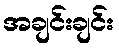
အချင်းချင်း